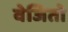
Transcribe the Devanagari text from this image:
वेजितो